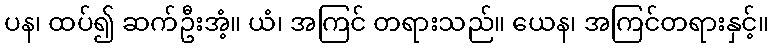
ပန၊ ထပ်၍ ဆက်ဦးအံ့။ ယံ၊ အကြင် တရားသည်။ ယေန၊ အကြင်တရားနှင့်။